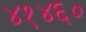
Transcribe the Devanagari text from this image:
४१४६०